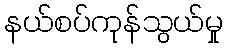
နယ်စပ်ကုန်သွယ်မှု